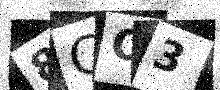
Text: 8CC3